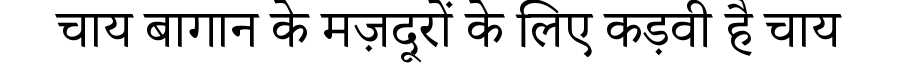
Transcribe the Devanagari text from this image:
चाय बागान के मज़दूरों के लिए कड़वी है चाय